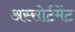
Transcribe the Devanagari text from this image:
अस्सोर्टमेंट